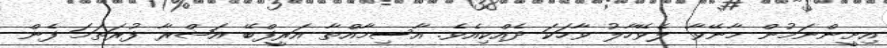
އިށީންނަމުން މާނޭވާ ލެވޭހާލު ވާހަކަ ދެއްކިއެވެ. އާސިމާއްތާ އަރީފްބޭ އަޝްރާ ފުރަތަމަ ފެން